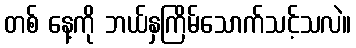
တစ် နေ့ကို ဘယ်နှကြိမ်သောက်သင့်သလဲ။